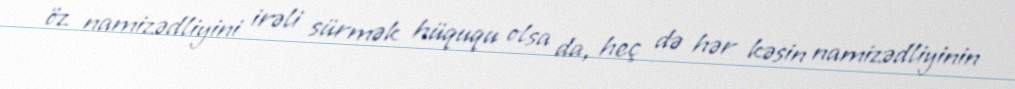
öz namizədliyini irəli sürmək hüququ olsa da, heç də hər kəsin namizədliyinin